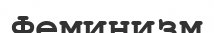
Феминизм